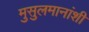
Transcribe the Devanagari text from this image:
मुसुलमानांशी